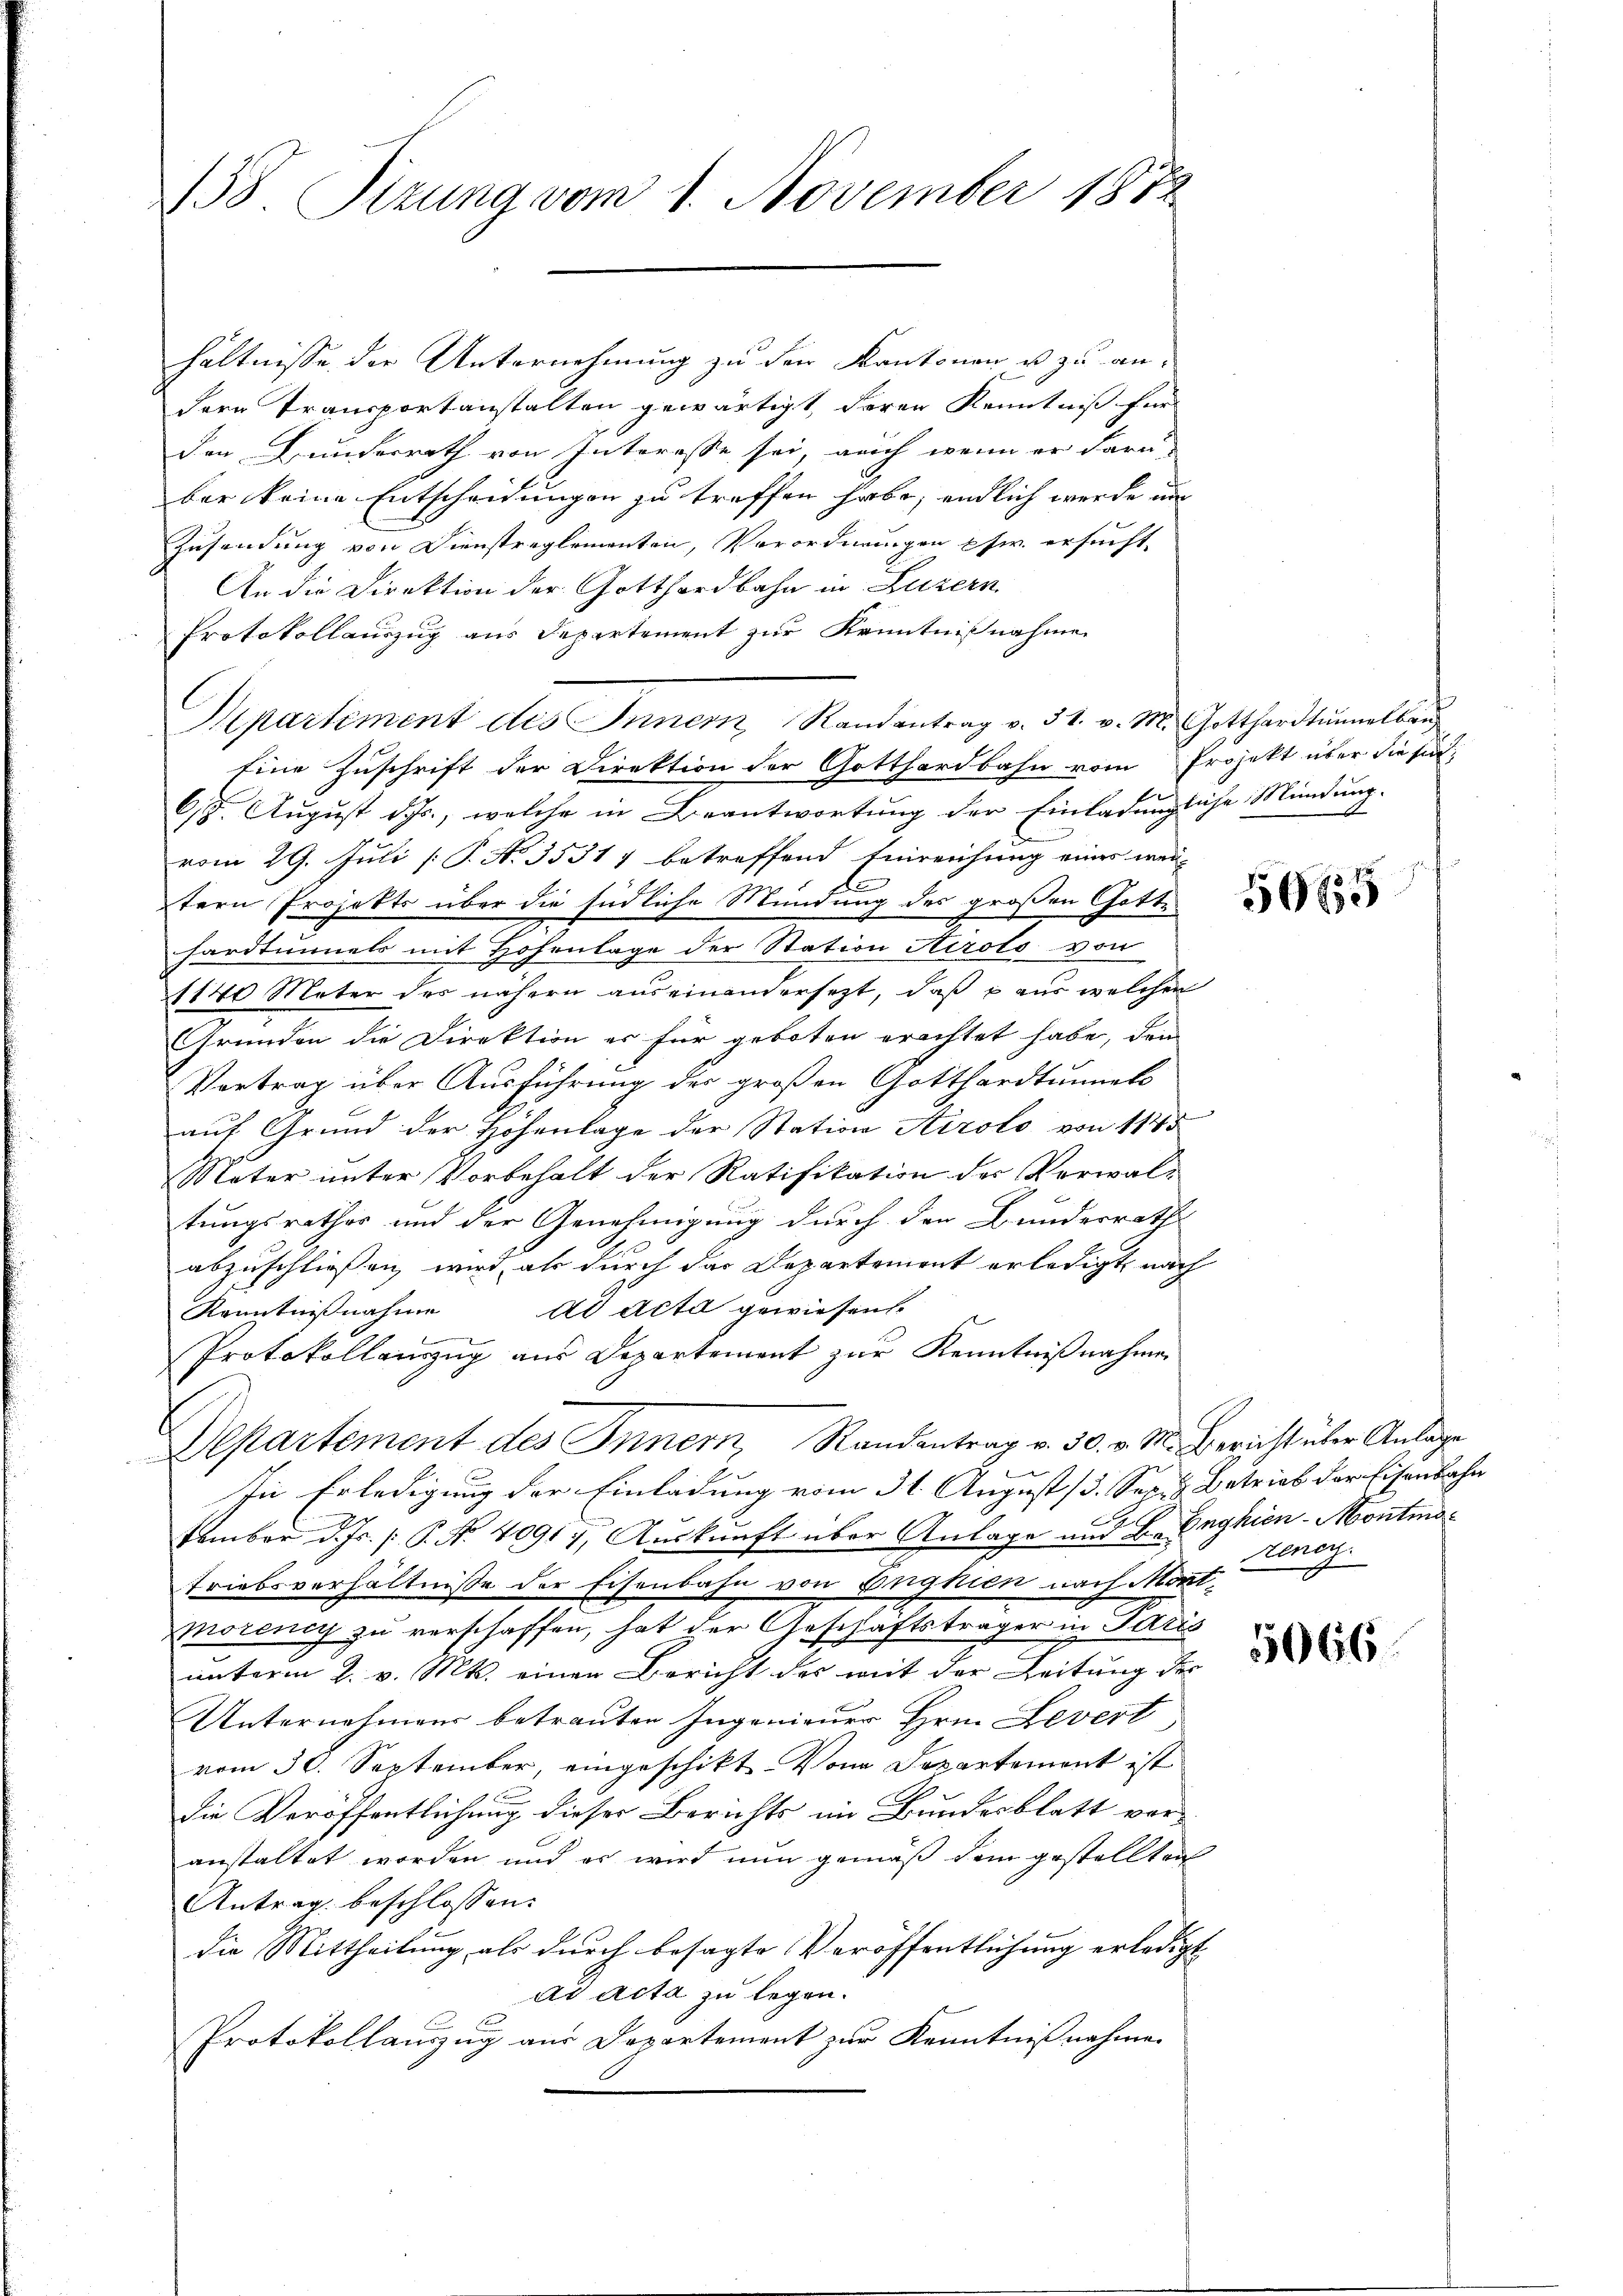
138 Sizung vom 1. November 1872

hältnisse der Unternehmung zu den Kantonen u zu an-
dere Transportanstalten gewärtigt, deren Kenntniß für
den Bunderrath von Interesse sei, auch wenn er daru
ber keine Entscheidungen zu treffen habe, endlich werde un
Zusendung von Dienstreglementen, Vorordnungen phw. ersucht,
An die Direktion der Gotthardbahn in Luzern
Protokollauszug aus Departement zur Kenntnißnahme
Mepartiment des Innern Randantrag v. 31. v. M. Gotthardtunnelba
Eine Zuschrift der Direktion der Gotthardbahn vom Projekt über die sind
618. August d. Js., welche in Beantwortung der Einladungliche Mündung.
vom 29. Juli [P. No. 3531. betreffend Einreichung eines weitern Projekts über die südliche Mündung des großen Gotte
hardtunnels mit Hohenlage der Station Airolo von
1140 Meter des nähern auseinandersezt, daß  aus welchen
Gründen die Direktion er für geboten erachtet habe, den
Vertrag über Ausführung des großen Gotthardtunnels
auf Grund der Höhenlage der Station Airolo von 1145
Nater unter Vorbehalt der Ratifikation des Verwal-
tungsrathes und der Genehmigung durch den Bundesrath
abzuschließen wird, als durch das Departement erledigt, nach
dd Acta gewiesen.
Kenntnißnahme
Protokollenzug aus Departement zur Kenntnißnahmen
Departement des Innern, Randantrag v. 30. v. M. Bericht über Anlage
In Erledigung der Einladung vom 31. August 13. Sep. & Betrieb der Eisenbahn
f
tember d. Js. (: P. Nr. 40919, Auskunft über Anlage und B. Enghien-Montinotriebsverhältnisse der Eisenbahn von Enghien nach Mont-
moreney zu verschaffen, hat der Geschäftsträger in Paris
unterm 2. v. Mts. einen Bericht des mit der Zeitung der
Unternehmens betrauten Ingenieurs Hrn. Levert
vom 30. September, eingeschikt. Von Departement ist
die Veröffentlichung dieser Berichts im Bundesblatt ver-
anstaltet worden und es wird nun gemäß dem gestellten
Antrag beschlossen:
die Mittheilung als durch besagte Veröffentlichung erledigt
ad acta zu legen.
Protokollauszug aus Departement zur Kenntnißnahme.

5665

renerz.

5066